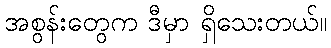
အစွန်းတွေက ဒီမှာ ရှိသေးတယ်။